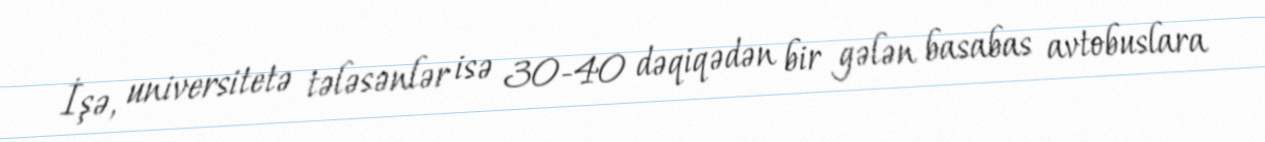
İşə, universitetə tələsənlər isə 30-40 dəqiqədən bir gələn basabas avtobuslara